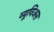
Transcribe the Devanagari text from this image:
व्यूविअस